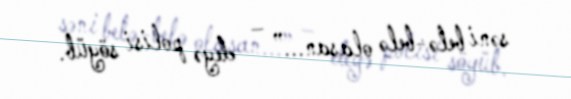
səni belə-belə olasan...” – deyə polisi söyüb.